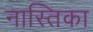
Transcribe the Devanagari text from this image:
नास्तिका